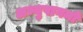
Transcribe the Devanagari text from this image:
अभ्युपागमों